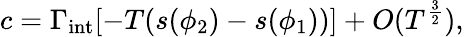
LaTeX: c=\Gamma_{\mathrm{int}}[-T(s(\phi_{2})-s(\phi_{1}))]+O(T^{\frac{3}{2}}),